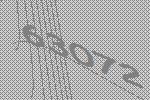
63072